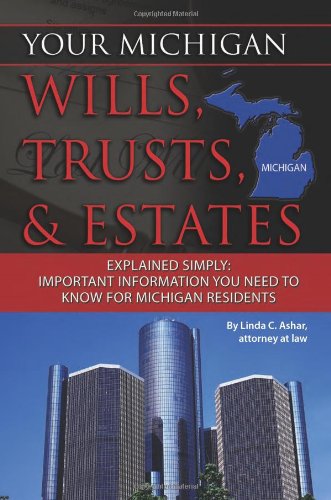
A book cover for Your Michigan Wills, Trusts, & Estates Explained Simply: Important Information You Need to Know for Michigan Residents (Your... Wills, Trusts, & Estates); Linda C. Ashar  Attorney at Law; Law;